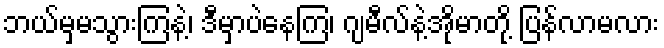
ဘယ်မှမသွားကြနဲ့၊ ဒီမှာပဲနေကြ၊ ဂျမီလ်နဲ့အိုမာတို့ ပြန်လာမလား